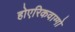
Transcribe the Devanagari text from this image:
होएरिकवाग्गो